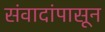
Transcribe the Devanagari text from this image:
संवादांपासून